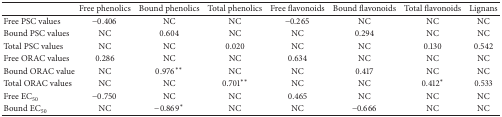
<table><thead><tr><td><b> </b></td><td><b>Free phenolics</b></td><td><b>Bound phenolics</b></td><td><b>Total phenolics</b></td><td><b>Free flavonoids</b></td><td><b>Bound flavonoids</b></td><td><b>Total flavonoids</b></td><td><b>Lignans</b></td></tr></thead><tbody><tr><td>Free PSC values</td><td>−0.406</td><td>NC</td><td>NC</td><td>−0.265</td><td>NC</td><td>NC</td><td>NC</td></tr><tr><td>Bound PSC values</td><td>NC</td><td>0.604</td><td>NC</td><td>NC</td><td>0.294</td><td>NC</td><td>NC</td></tr><tr><td>Total PSC values</td><td>NC</td><td>NC</td><td>0.020</td><td>NC</td><td>NC</td><td>0.130</td><td>0.542</td></tr><tr><td>Free ORAC values</td><td>0.286</td><td>NC</td><td>NC</td><td>0.634</td><td>NC</td><td>NC</td><td>NC</td></tr><tr><td>Bound ORAC value</td><td>NC</td><td>0.976<sup><i>∗∗</i></sup></td><td>NC</td><td>NC</td><td>0.417</td><td>NC</td><td>NC</td></tr><tr><td>Total ORAC values</td><td>NC</td><td>NC</td><td>0.701<sup><i>∗∗</i></sup></td><td>NC</td><td>NC</td><td>0.412<sup><i>∗</i></sup></td><td>0.533</td></tr><tr><td>Free EC<sub>50</sub></td><td>−0.750</td><td>NC</td><td>NC</td><td>0.465</td><td>NC</td><td>NC</td><td>NC</td></tr><tr><td>Bound EC<sub>50</sub></td><td>NC</td><td>−0.869<sup><i>∗</i></sup></td><td>NC</td><td>NC</td><td>−0.666</td><td>NC</td><td>NC</td></tr></tbody></table>